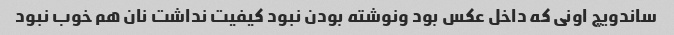
ساندویچ اونی که داخل عکس بود ونوشته بودن نبود کیفیت نداشت نان هم خوب نبود